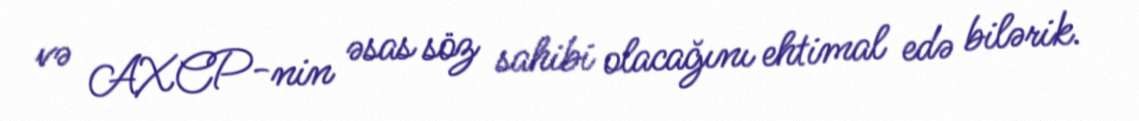
və AXCP-nin əsas söz sahibi olacağını ehtimal edə bilərik.